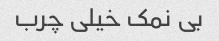
بی نمک خیلی چرب